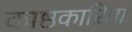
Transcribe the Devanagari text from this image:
काष्ठकारिता